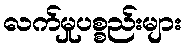
လက်မှုပစ္စည်းများ